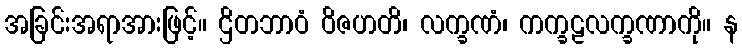
အခြင်းအရာအားဖြင့်။ ဌိတဘာဝံ ဝိဇဟတိ၊ လက္ခဏံ၊ ကက္ခဠလက္ခဏာကို။ န